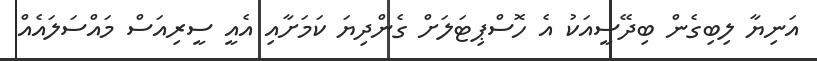
އަނިޔާ ލިބިގެން ބިދޭސީއަކު އެ ހޮސްޕިޓަލަށް ގެންދިޔަ ކަމަށާއި އެއީ ސީރިއަސް މައްސަލައެއް